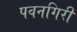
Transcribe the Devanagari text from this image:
पवनगिरी